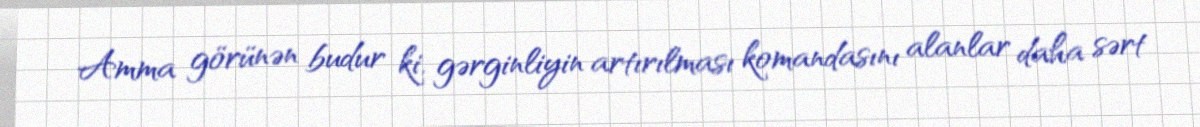
Amma görünən budur ki, gərginliyin artırılması komandasını alanlar daha sərt